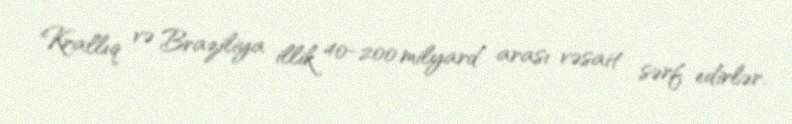
Krallıq və Braziliya illik 40-200 milyard arası vəsait sərf edirlər.